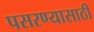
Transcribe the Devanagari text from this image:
पसरण्यासाठी